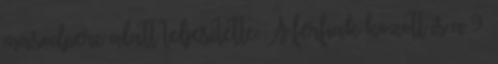
másodperc alatt teljesítette. A férfiak között is a 9.